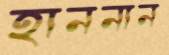
হাননান